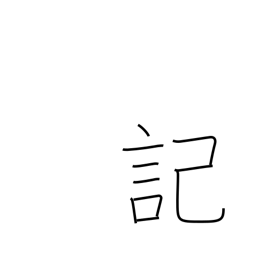
Meaning: scribe